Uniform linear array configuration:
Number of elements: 12
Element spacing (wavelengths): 0.5
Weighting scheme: cosine
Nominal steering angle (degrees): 45
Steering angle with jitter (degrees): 46.638
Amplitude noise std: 0.05
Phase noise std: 0.05

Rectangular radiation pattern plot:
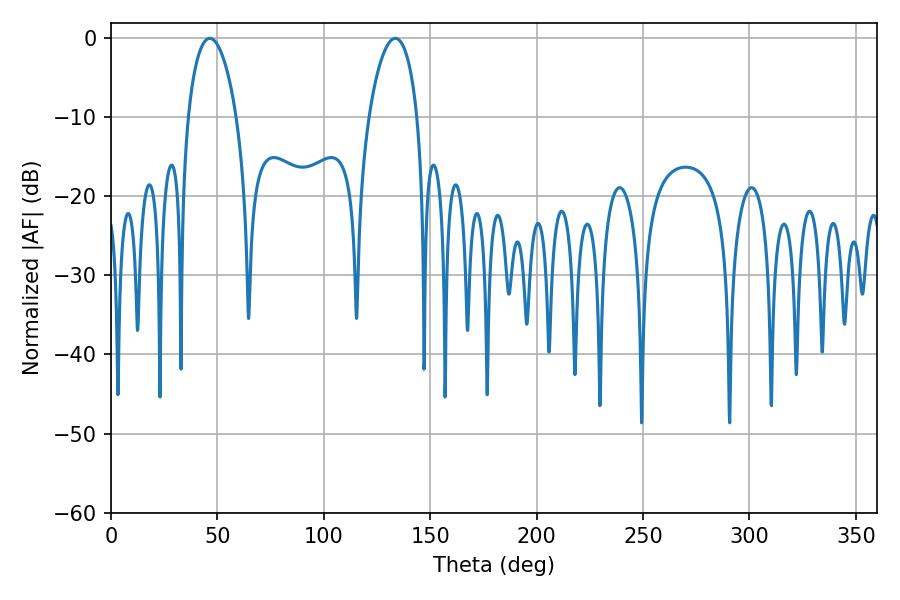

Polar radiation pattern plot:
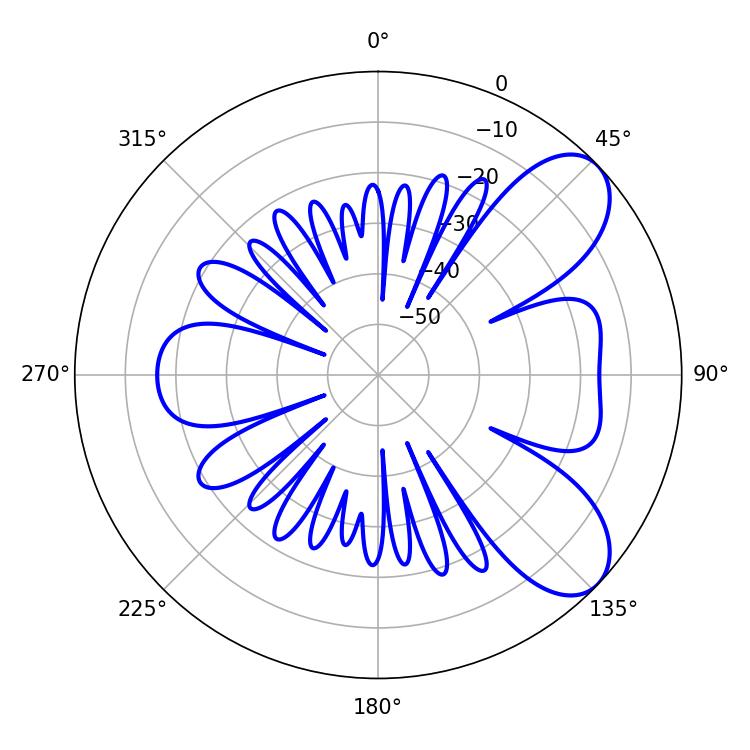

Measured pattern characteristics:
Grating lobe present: FALSE
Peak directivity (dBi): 7.547
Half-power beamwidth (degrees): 12.96
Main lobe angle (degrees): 133.56